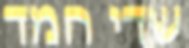
שדי חמד